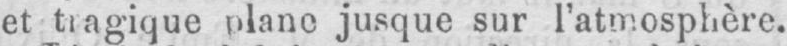
jusque sur l’atmosphère.